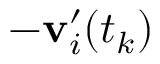
- \mathbf { v } _ { i } ^ { \prime } ( t _ { k } )